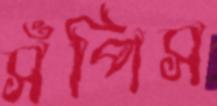
সঁপিস